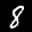
Label: 8